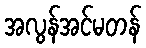
အလွန်အင်မတန်